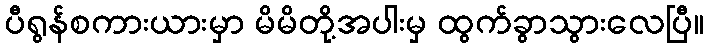
ပီရွန်စကားယားမှာ မိမိတို့အပါးမှ ထွက်ခွာသွားလေပြီ။